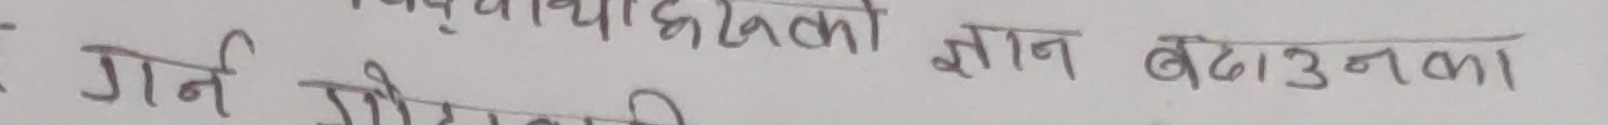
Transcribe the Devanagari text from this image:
विद्यार्थीहरुको ज्ञान बढाउनला
गर्न